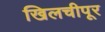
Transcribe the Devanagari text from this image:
खिलचीपूर